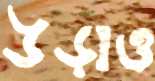
উড়াও